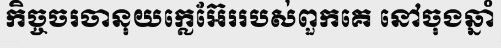
កិច្ចចរចានុយក្លេអ៊ែររបស់ពួកគេ នៅចុងឆ្នាំ